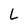
Character: L